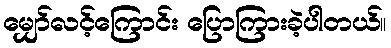
မျှော်လင့်ကြောင်း ပြောကြားခဲ့ပါတယ်။